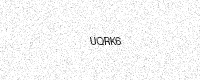
Text: UQRK6